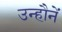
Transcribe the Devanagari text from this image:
उन्हौनें